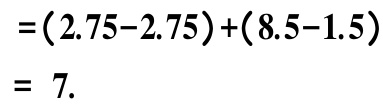
\[
\begin{align*}
&=(2.75 - 2.75)+(8.5 - 1.5)\\
&= 7.
\end{align*}
\]